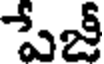
పేజీ